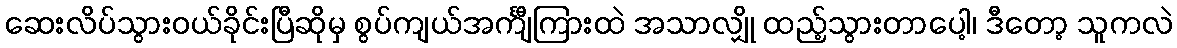
ဆေးလိပ်သွားဝယ်ခိုင်းပြီဆိုမှ စွပ်ကျယ်အင်္ကျီကြားထဲ အသာလျှို ထည့်သွားတာပေါ့၊ ဒီတော့ သူကလဲ